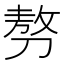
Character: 𠞪